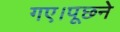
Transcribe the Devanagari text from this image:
गए।पूछने